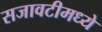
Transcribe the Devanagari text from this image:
सजावटीमध्ये